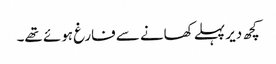
کچھ دیر پہلے کھانے سے فارغ ہوئے تھے۔